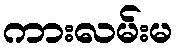
ကားလမ်းမ